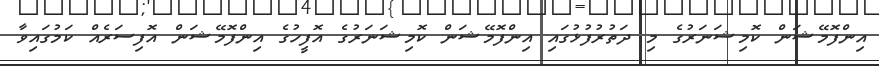
އިންފޮމޭޝަން ކޮމިޝަނަރުގެ މި ދަތުރުފުޅުގައި އިންފޮމޭޝަން ކޮމިޝަނަރުގެ އޮފީހުގެ އިންފޮމޭޝަން އޮފިސަރެއް ކަމުގައިވާ